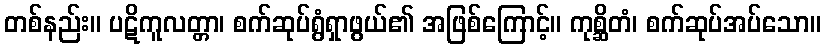
တစ်နည်း။ ပဋိကူလတ္တာ၊ စက်ဆုပ်ရွံရှာဖွယ်၏ အဖြစ်ကြောင့်။ ကုစ္ဆိတံ၊ စက်ဆုပ်အပ်သော။